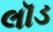
લૉડ